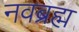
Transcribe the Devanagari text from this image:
नवब्रह्म